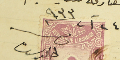
٢٤ آب سنة ٩٣٣	خالد سنا